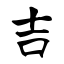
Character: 吉